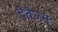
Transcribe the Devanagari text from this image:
देतैल्स्